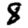
Digit: 8